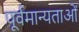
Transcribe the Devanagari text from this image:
पूर्वमान्यताओं